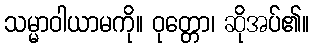
သမ္မာဝါယာမကို။ ဝုတ္တော၊ ဆိုအပ်၏။